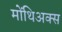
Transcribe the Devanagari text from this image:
मोंथिअक्स